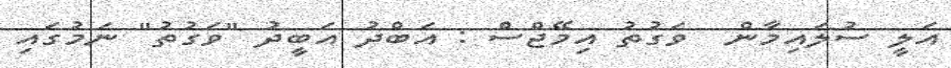
އަލީ ސުލައިމާން  ވަގުތު އިމޭޖްސް : އަބްދު އަބީދު "ވަގުތު" ނަމުގައި